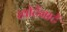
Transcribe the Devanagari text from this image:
खोटेंनाटें